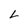
Character: L